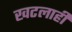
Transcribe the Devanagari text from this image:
खटलाही